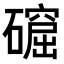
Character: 𥖚